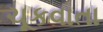
ચૂકવાતા